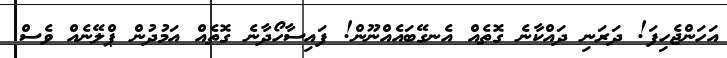
އަހަންޖެހިފަ! ދަރަނި ދައްކާނެ ގޮތެއް އެނގޭބައެއްނޫން! ފައިސާހޯދާނެ ގޮތެއް އަމުދުން ޕްލޭނެއް ވެސް